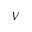
V